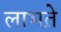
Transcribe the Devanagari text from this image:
लाभते़